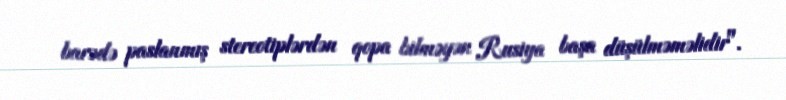
barədə paslanmış stereotiplərdən qopa bilməyən Rusiya başa düşülməməlidir".